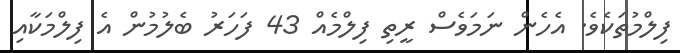
ފިލްމުތަކެވެ. އެހެން ނަމަވެސް ރީތި ފިިލްމެއް 43 ފަހަރު ބެލުމުން އެ ފިލްމަކާއި